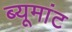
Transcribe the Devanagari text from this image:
ब्यूमांट